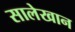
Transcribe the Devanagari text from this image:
सालेखान